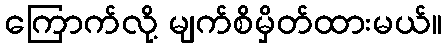
ကြောက်လို့ မျက်စိမှိတ်ထားမယ်။